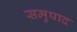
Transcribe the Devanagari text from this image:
समुपाद